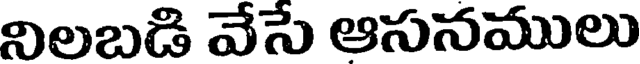
నిలబడి వేసే ఆసనములు